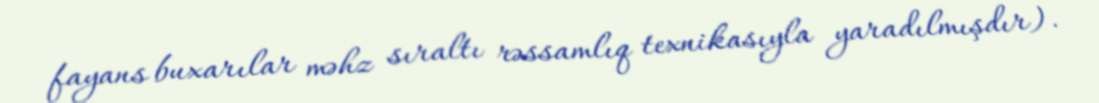
fayans buxarılar məhz sıraltı rəssamlıq texnikasıyla yaradılmışdır).